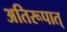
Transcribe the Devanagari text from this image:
अतिरूपात्